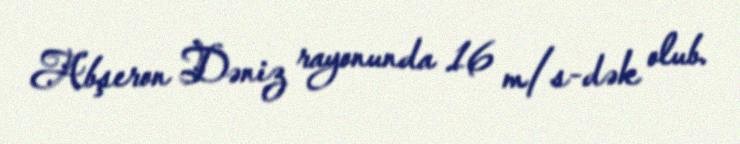
Abşeron Dəniz rayonunda 16 m/s-dək olub.